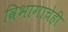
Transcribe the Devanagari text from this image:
विभागाचेही